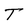
Character: T